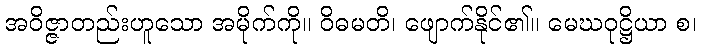
အဝိဇ္ဇာတည်းဟူသော အမိုက်ကို။ ဝိဓမတိ၊ ဖျောက်နိုင်၏။ မေဃဝုဋ္ဌိယာ စ၊